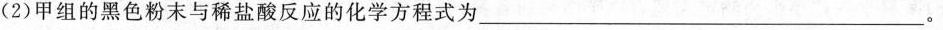
(2)甲组的黑色粉末与稀盐酸反应的化学方程式为___